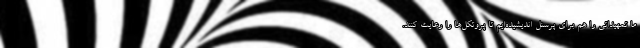
ما تمهیداتی را هم برای پرسنل اندیشیده‌ایم تا پروتکل‌ها را رعایت کنند.